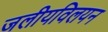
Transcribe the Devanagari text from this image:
जलीयविलयन